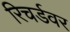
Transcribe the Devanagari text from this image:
रिचर्डवर